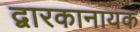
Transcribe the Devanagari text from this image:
द्वारकानायक